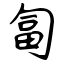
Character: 匐